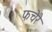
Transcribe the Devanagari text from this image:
फचेरे